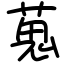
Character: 蒐